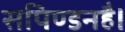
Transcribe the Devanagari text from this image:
सपिण्डनहै।